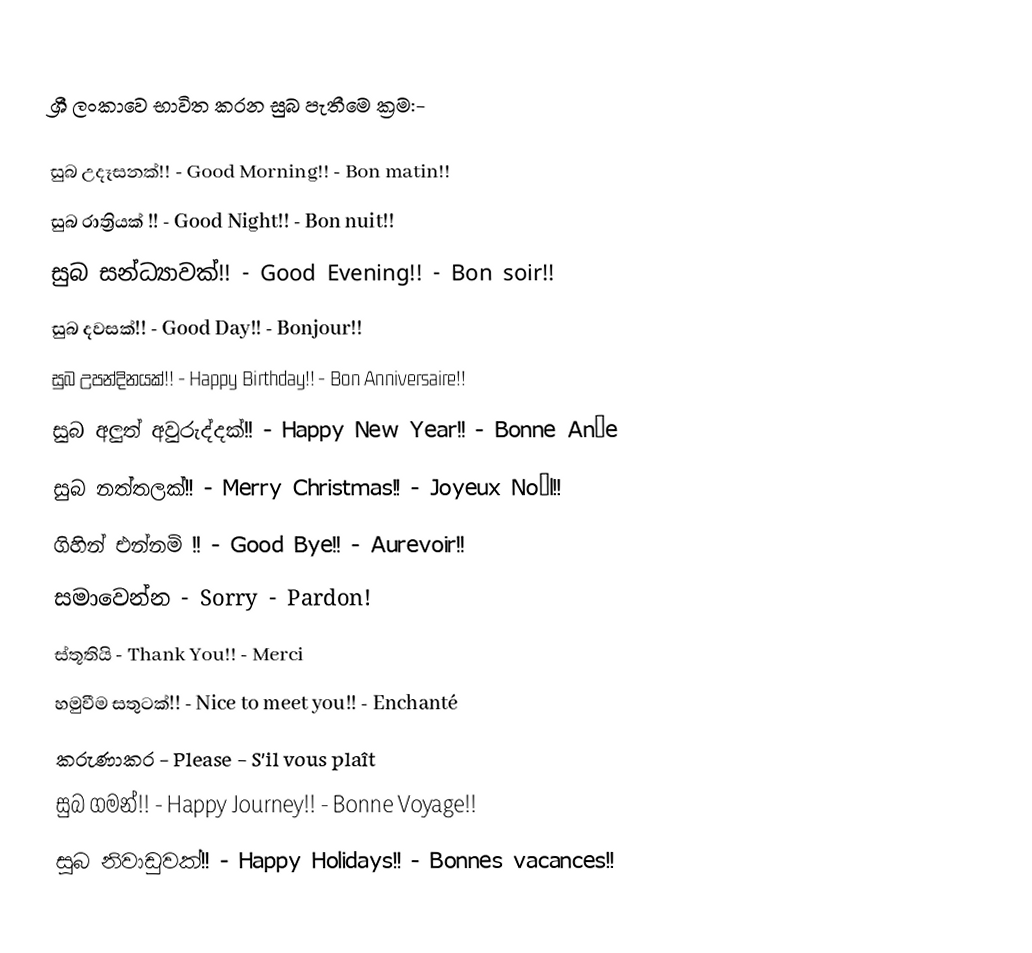
ශ්‍රී ලංකාවෙ භාවිත කරන සුබ පැතීමෙ ක්‍රම:-

 සුබ උදෑසනක්!!      - Good Morning!!     - Bon matin!!
 සුබ රාත්‍රියක් !!       - Good Night!!       - Bon nuit!!
 සුබ සන්ධ්‍යාවක්!!     - Good Evening!!     - Bon soir!!
 සුබ දවසක්!!        - Good Day!!         - Bonjour!!
 සුබ උපන්දිනයක්!!    - Happy Birthday!!   - Bon Anniversaire!!
 සුබ අලුත් අවුරුද්දක්!!  - Happy New Year!!   - Bonne Anée
 සුබ නත්තලක්!!      - Merry Christmas!!  - Joyeux Noël!!
 ගිහින් එන්නමි !!     - Good Bye!!          - Aurevoir!!
 සමාවෙන්න                        - Sorry               - Pardon!
 ස්තූතියි                                - Thank You!!         - Merci
 හමුවීම සතුටක්!!     - Nice to meet you!!  - Enchanté
 කරුණාකර                        - Please              - S'il vous plaît
 සුබ ගමන්!!        - Happy Journey!!     - Bonne Voyage!!
 සුබ නිවාඩුවක්!!     - Happy Holidays!!    - Bonnes vacances!!